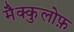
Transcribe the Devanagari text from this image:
मैक्कुलोफ़